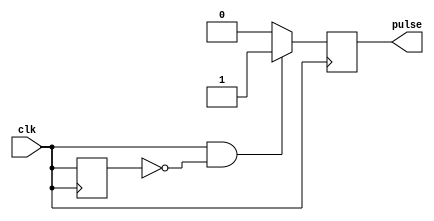
module RisingEdgePulseGenerator (
    input wire clk,
    output reg pulse
);

reg prev_clk_state;

always @(posedge clk) begin
    if (clk && !prev_clk_state) begin
        pulse <= 1;
    end else begin
        pulse <= 0;
    end
    
    prev_clk_state <= clk;
end

endmodule